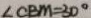
\angle C B M = 3 0 ^ { \circ }